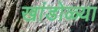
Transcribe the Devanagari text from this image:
खांडोळ्या